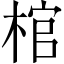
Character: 棺